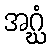
အဂ္ဃံ